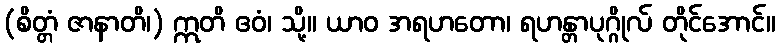
(စိတ္တံ ဇာနာတိ၊) ဣတိ ဧဝံ၊ သို့။ ယာဝ အရဟတော၊ ရဟန္တာပုဂ္ဂိုလ် တိုင်အောင်။